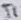
Text: T1